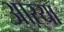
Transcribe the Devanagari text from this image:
आऱ्या